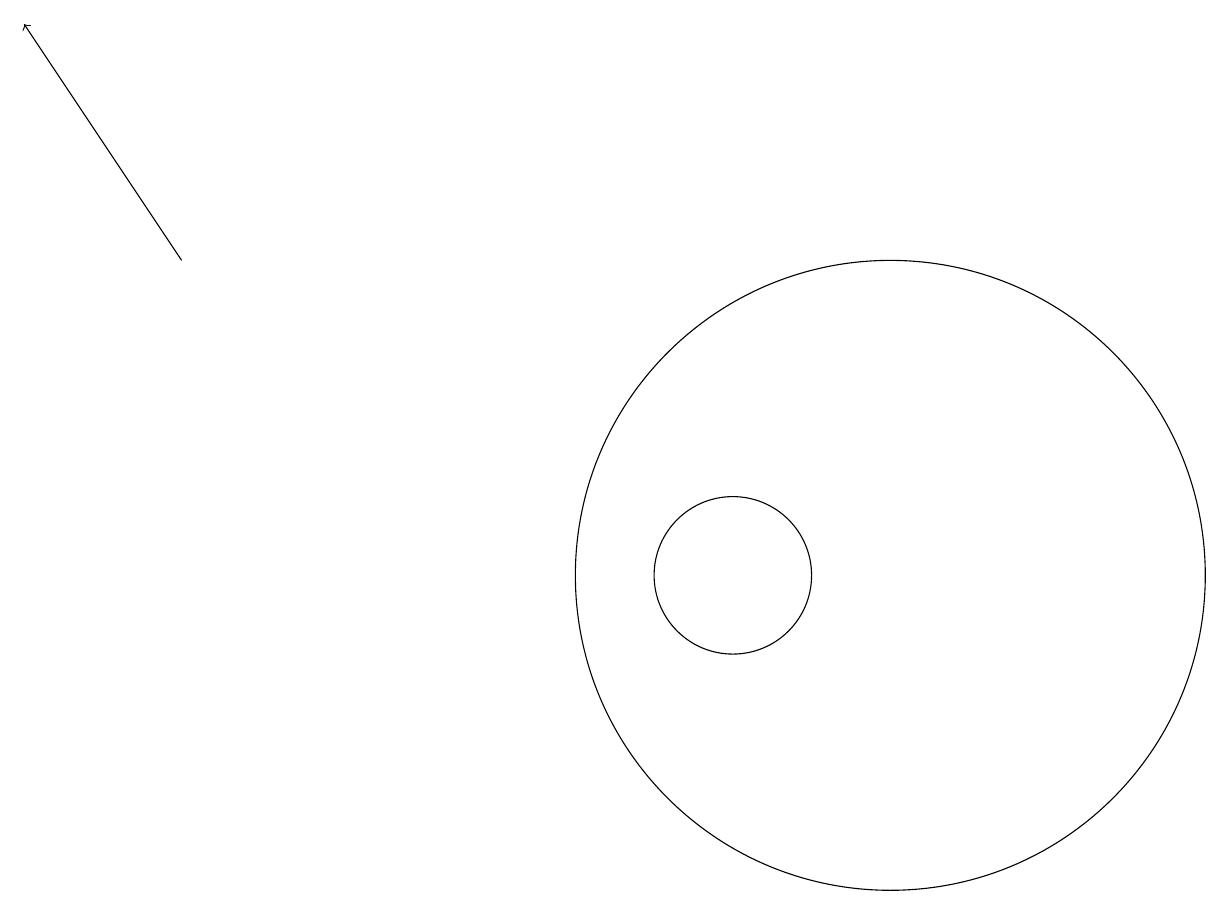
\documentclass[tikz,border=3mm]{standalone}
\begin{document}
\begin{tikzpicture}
\draw (12,10) circle (4);
\draw (10,10) circle (1);
\draw[->] (3,14) -- (1,17);
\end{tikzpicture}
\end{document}